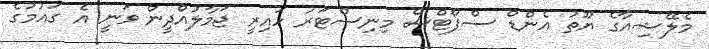
މެލޭޝިއާގެ ޔޫތު އެންޑް ސްޕޯޓްސް މިނިސްޓަރު ހައިރީ ޖަމާލުއްދީން ވަނީ އެ ގައުމުގެ